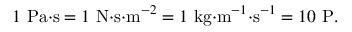
1 ~ { \mathrm { P a } } { \cdot } { \mathrm { s } } = 1 ~ { \mathrm { N } } { \cdot } { \mathrm { s } } { \cdot } { \mathrm { m } } ^ { - 2 } = 1 ~ { \mathrm { k g } } { \cdot } { \mathrm { m } } ^ { - 1 } { \cdot } { \mathrm { s } } ^ { - 1 } = 1 0 ~ { \mathrm { P } } .